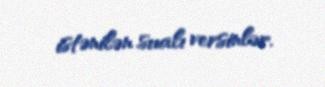
istənilən sualı versinlər.